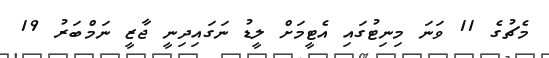
މެޗުގެ 11 ވަނަ މިނިޓުގައި އެޓީމަށް ލީޑު ނަގައިދިނީ ޖާޒީ ނަމްބަރު 19